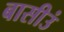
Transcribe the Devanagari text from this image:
बासीउं